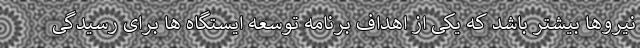
نیروها بیشتر باشد که یکی از اهداف برنامه توسعه ایستگاه ها برای رسیدگی